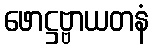
ဖောဋ္ဌဗ္ဗာယတနံ